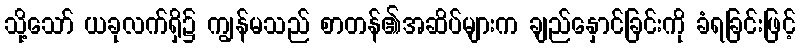
သို့သော် ယခုလက်ရှိ၌ ကျွန်မသည် စာတန်၏အဆိပ်များက ချည်နှောင်ခြင်းကို ခံရခြင်းဖြင့်